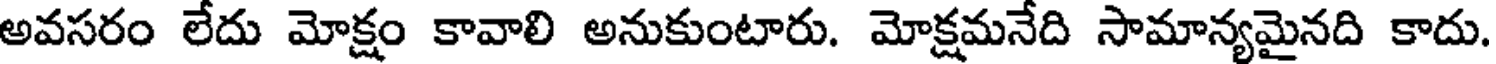
అవసరం లేదు మోక్షం కావాలి అనుకుంటారు. మోక్షమనేది సామాన్యమైనది కాదు